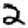
Digit: 2